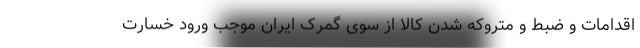
اقدامات و ضبط و متروکه شدن کالا از سوی گمرک ایران موجب ورود خسارت